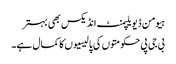
ہیومن ڈیویلپمنٹ انڈیکس بھی بہتر
بی جی پی حکومتوں کی پالیسیوں کا کمال ہے۔